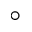
^ { \circ }